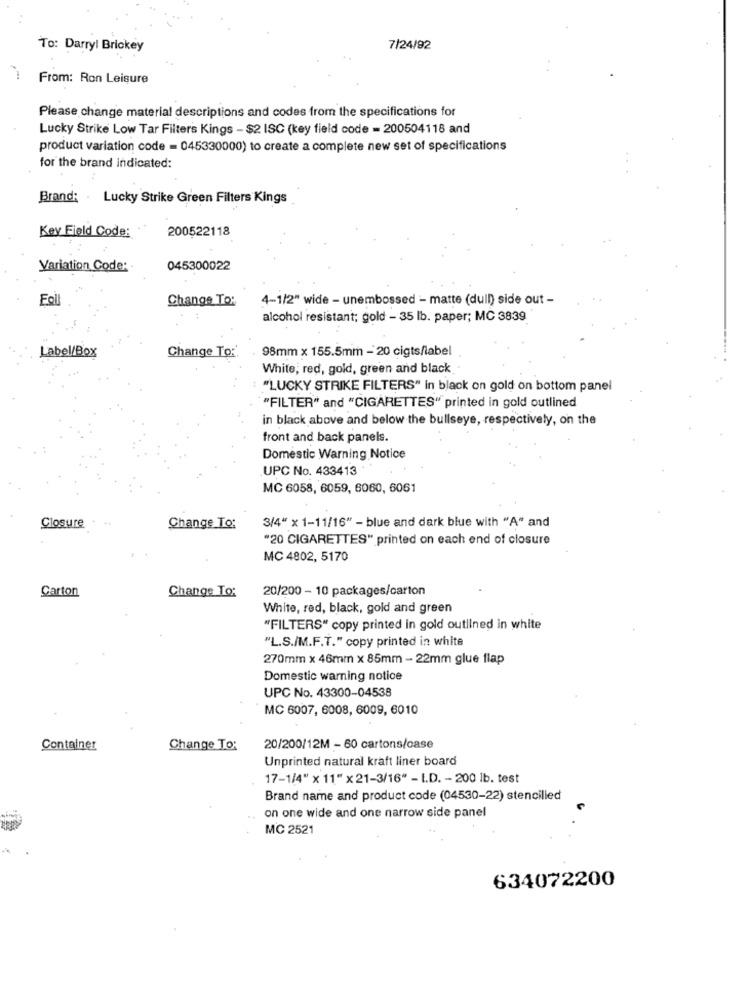
To: Darryl Brickey
7/24/92
From: Ron Leisure
Please change material descriptions and codes from the specifications for
Lucky Strike Low Tar Filters Kings - $2 ISC (key field code = 200504118 and
product variation code = 045330000) to create a complete new set of specifications
for the brand indicated:
Brand: Lucky Strike Green Filters Kings
200522118
Key Field Code:
Variation Code:
045300022
Fall
Change To:
4-1/2" wide - unembossed - matte (dull) side out -
alcohol resistant; gold - 35 lb. paper; MC 3839
Change To:'
98mm x 155.5mm - 20 cigts/label
Label/Box
White, red, gold, green and black
: "LUCKY STRIKE FILTERS" in black on gold on bottom panel
"FILTER" and "CIGARETTES" printed in gold outlined
in black above and below the bullseye, respectively, on the
front and back panels.
Domestic Warning Notice
UPC No. 433413
MC 6058, 6059, 6060, 6061
3/4" x 1-11/16" - blue and dark blue with "A" and
Closure
Change To:
"20 CIGARETTES" printed on each end of closure
MC 4802, 5170
Carton
20/200 - 10 packages/carton
Change To:
White, red, black, gold and green
"FILTERS" copy printed in gold outlined in white
"L.S./M.F.T." copy printed in white
270mm x 46mm x 85mm - 22mm glue flap
Domestic warning notice
UPC No. 43300-04538
MC 6007, 6008, 6009, 6010
Container
Change To:
20/200/12M - 60 cartons/case
Unprinted natural kraft liner board
17-1/4" x 11" x 21-3/16" - I.D. - 200 lb. test
Brand name and product code (04530-22) stencilled
on one wide and one narrow side panel
MC 2521
634072200